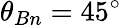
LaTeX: \theta_{Bn}=45^{\circ}